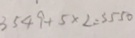
3 5 4 9 + 5 \times 2 = 3 5 5 0